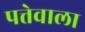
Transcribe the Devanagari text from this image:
पत्तेवाला